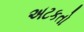
અટકતો